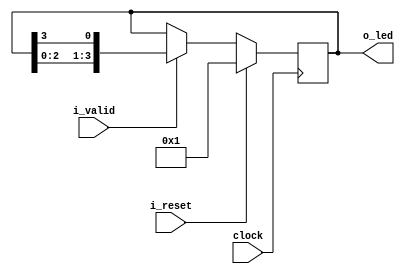
module shiftreg
	#(
		parameter NB_LEDS = 4
	)
	(
	output	[NB_LEDS-1:0] 	o_led,
	input					i_valid,
	input					i_reset,
	input 					clock
);
	
	reg [NB_LEDS -1 :0]	shitfregister;
	
	always @(posedge clock) begin
		if(i_reset) begin
			shitfregister <= {{(NB_LEDS-2){1'b0}},1'b1};
		end
		else if(i_valid) begin
			//shifregister <= shiftregister << 1;
			//shitregister[0] <= shiftregister[NB_LEDS-1];
			shitfregister <= {shitfregister[NB_LEDS-2:0],shitfregister[NB_LEDS-1]};
		end
		else begin
			shitfregister <= shitfregister;
		end
	end
	
	assign o_led = shitfregister;
	
endmodule